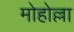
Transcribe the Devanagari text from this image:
मोहोल्ला